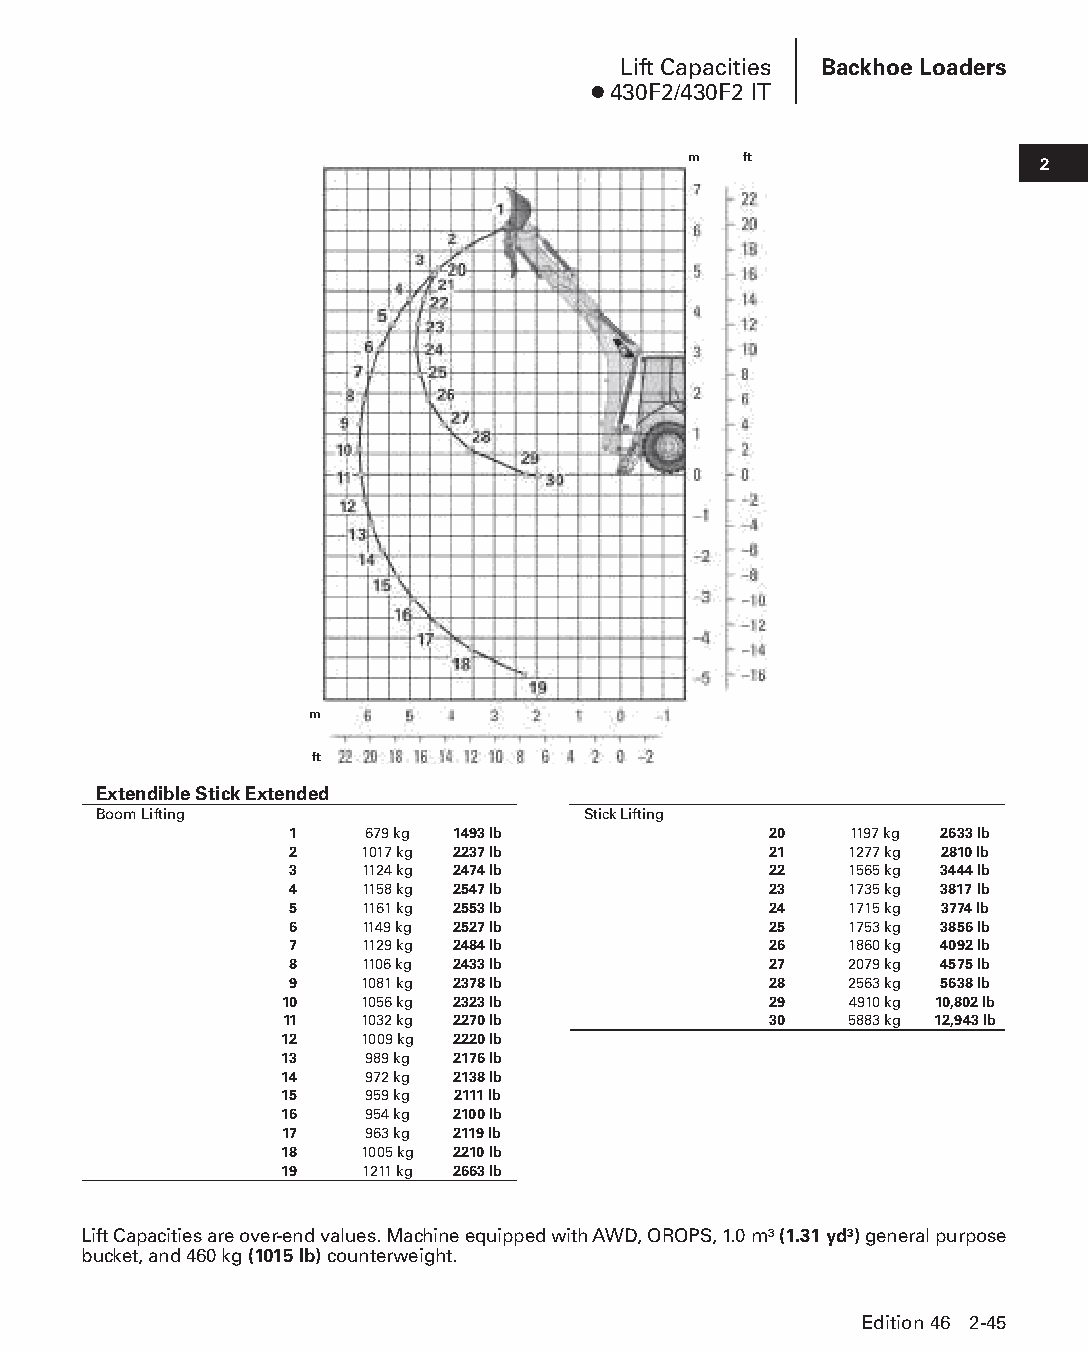
Lift Capacities Backhoe Loaders
 ● 430F2/430F2 IT
 m   ft
 2
 m
 ft
 Extendible Stick Extended
 Boom Lifting                    Stick Lifting
 1    679 kg 1493 lb            20    1197 kg 2633 lb
 2   1017 kg 2237 lb            21    1277 kg 2810 lb
 3   1124 kg 2474 lb            22    1565 kg 3444 lb
 4   1158 kg 2547 lb            23    1735 kg 3817 lb
 5   1161 kg 2553 lb            24    1715 kg 3774 lb
 6   1149 kg 2527 lb            25    1753 kg 3856 lb
 7   1129 kg 2484 lb            26    1860 kg 4092 lb
 8   1106 kg 2433 lb            27    2079 kg 4575 lb
 9   1081 kg 2378 lb            28    2563 kg 5638 lb
 10   1056 kg 2323 lb            29    4910 kg 10,802 lb
 11   1032 kg 2270 lb            30    5883 kg 12,943 lb
 12   1009 kg 2220 lb
 13    989 kg 2176 lb
 14    972 kg 2138 lb
 15    959 kg 2111 lb
 16    954 kg 2100 lb
 17    963 kg 2119 lb
 18   1005 kg 2210 lb
 19   1211 kg 2663 lb
 Lift Capacities are over-end values. Machine equipped with AWD, OROPS, 1.0 m3 (1.31 yd3) general purpose
 bucket, and 460 kg (1015 lb) counterweight.
 Edition 46 2-45
 PPHHBB--SSeecc0022--1166..iinndddd 4455                        1122//44//1155 1100::2255 AAMM